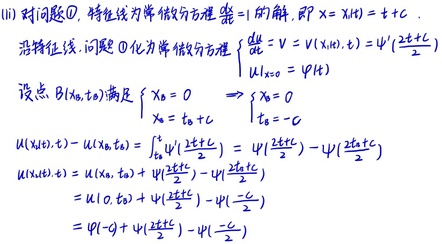
(iii) 对问题 \(\textcircled{1}\), 特征线为常微分方程 \(\frac{dx}{dt}=1\) 的解, 即 \(x = X(t)=t + c\).
沿特征线, 问题 \(\textcircled{1}\) 化为常微分方程 \(\begin{cases}\frac{du}{dt}=V = V(X(t),t)=\psi(\frac{2t + c}{2})\\u|_{x = 0}=\varphi(t)\end{cases}\)
设点 \(B(x_0,t_0)\) 满足 \(\begin{cases}x_0 = 0\\x_0=t_0 + c\end{cases}\Rightarrow\begin{cases}x_0 = 0\\t_0=-c\end{cases}\)
\[
\begin{align*}
u(X(t),t)-u(x_0,t_0)&=\int_{t_0}^{t}\psi(\frac{2\tau + c}{2})d\tau=\psi(\frac{2t + c}{2})-\psi(\frac{2t_0 + c}{2})\\
u(X(t),t)&=u(x_0,t_0)+\psi(\frac{2t + c}{2})-\psi(\frac{2t_0 + c}{2})\\
&=u(0,t_0)+\psi(\frac{2t + c}{2})-\psi(\frac{-c}{2})\\
&=\varphi(-c)+\psi(\frac{2t + c}{2})-\psi(\frac{-c}{2})
\end{align*}
\]